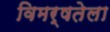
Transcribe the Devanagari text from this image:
विमर्षतेला